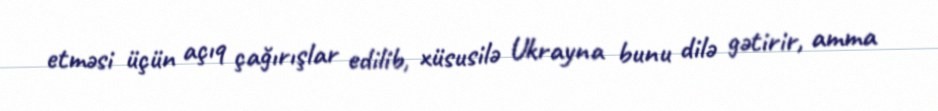
etməsi üçün açıq çağırışlar edilib, xüsusilə Ukrayna bunu dilə gətirir, amma